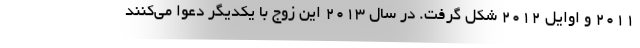
۲۰۱۱ و اوایل ۲۰۱۲ شکل گرفت. در سال ۲۰۱۳ این زوج با یکدیگر دعوا می‌کنند